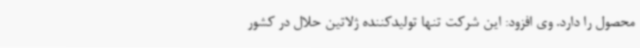
محصول را دارد. وی افزود: این شرکت تنها تولیدکننده ژلاتین حلال در کشور